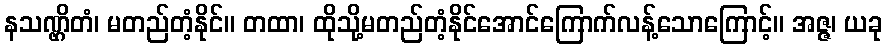
နသဏ္ဌိတံ၊ မတည်တံ့နိုင်။ တထာ၊ ထိုသို့မတည်တံ့နိုင်အောင်ကြောက်လန့်သောကြောင့်။ အဇ္ဇ၊ ယခု